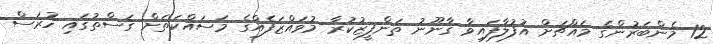
12 މެންބަރުންގެ މައްޗަށް އުފުލާފައިވާ ގާނޫނު ތަންފީޒުކުރާ މުވައްޒަފެއްގެ މަސައްކަތަށް ގަސްތުގައި ހުރަސް